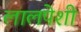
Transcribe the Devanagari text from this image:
लालपेशी